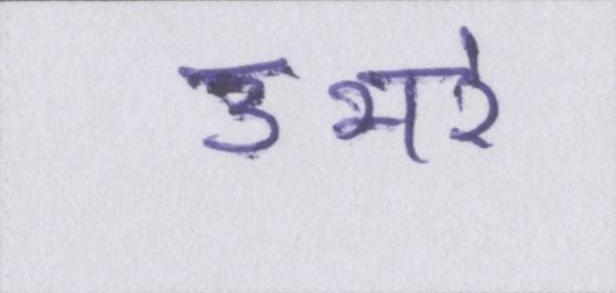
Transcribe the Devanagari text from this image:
उभरे